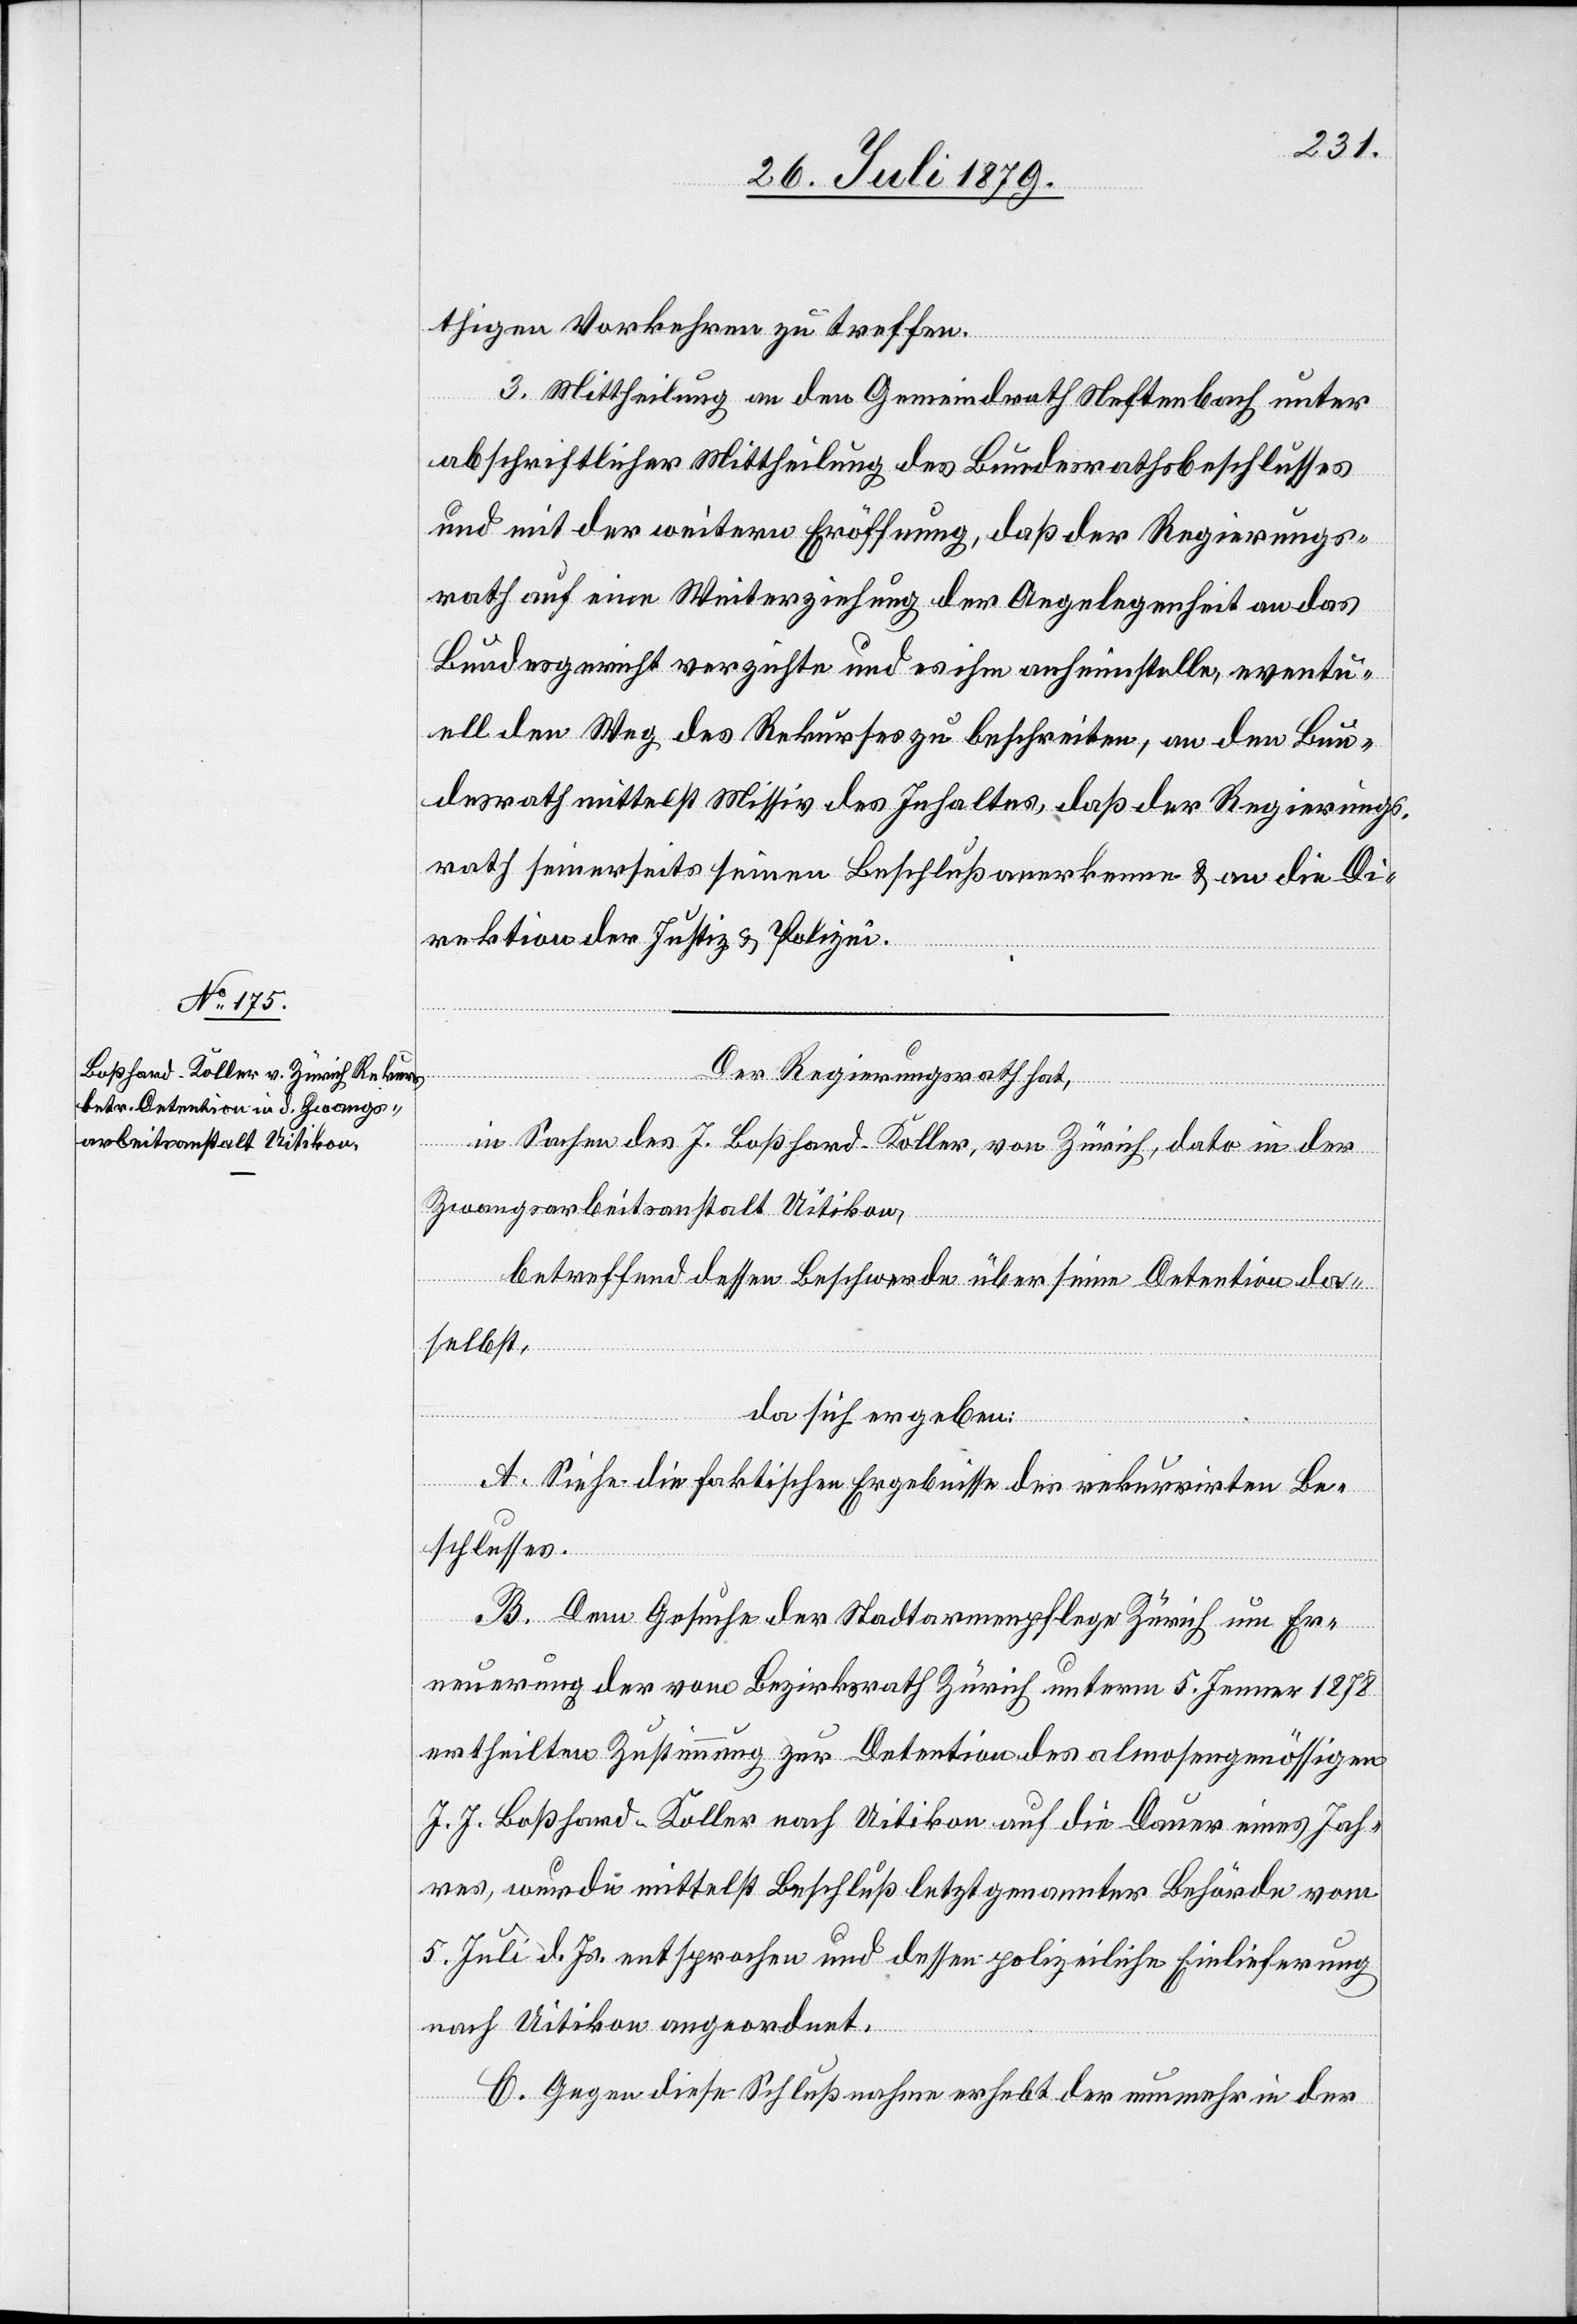
thigen Vorkehren zu treffen.
3. Mittheilung an den Gemeindrath Neftenbach unter
abschriftlicher Mittheilung des Bundesrathsbeschlusses
und mit der weitern Eröffnung, daß der Regierungs¬
rath auf eine Weiterziehung der Angelegenheit an das
Bundesgericht verzichte und es ihm anheimstelle, eventu¬
ell den Weg des Rekurses zu beschreiten, an den Bun¬
desrath mittelst Missiv des Inhaltes daß der Regierungs¬
rath seinerseits seinen Beschluß anerkennen & an die Di¬
rektion der Justiz & Polizei.
Der Regierungsrath hat,
in Sachen des J. Boßhard-Koller, von Zürich, dato in der
Zwangsarbeitsanstalt Uitikon,
betreffend dessen Beschwerde über seine Detention da¬
selbst,
da sich ergeben:
A. Siehe die faktischen Ergebnisse des rekurrirten Be¬
schlusses.
B. Dem Gesuche der Stadtarmenpflege Zürich um Er¬
neuerung der vom Bezirksrath Zürich unterm 5. Jenner 1878
ertheilten Zustimmung zur Detention des almosengenössigen
J. J. Boßhard-Koller nach Uitikon auf die Dauer eines Jah¬
res, wurden mittelst Beschluß letztgenannter Behörde vom
5. Juli d. Js. entsprochen und dessen polizeiliche Einlieferung
nach Uitikon angeordnet.
C. Gegen diese Schlußnahme erhebt der nunmehr in der